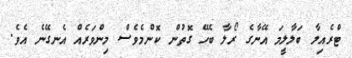
ޓްރެއިލާ ބަލާލީމަ އޭނާގެ ރޯލާ ބެހޭ ގޮތުން ކޮންމެވެސް މިންވަރެއް އެނގޭނެ އެވެ.